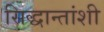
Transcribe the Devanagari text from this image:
सिद्धान्तांशी